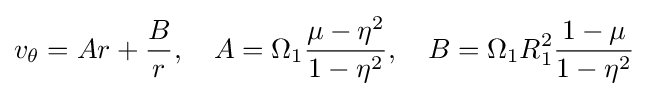
v_{\theta }=Ar+{\frac {B}{r}},\quad A=\Omega _{1}{\frac {\mu -\eta ^{2}}{1-\eta ^{2}}},\quad B=\Omega _{1}R_{1}^{2}{\frac {1-\mu }{1-\eta ^{2}}}